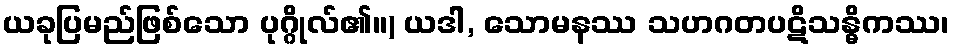
ယခုပြမည်ဖြစ်သော ပုဂ္ဂိုလ်၏။) ယဒါ, သောမနဿ သဟဂတပဋိသန္ဓိကဿ၊